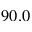
9 0 . 0